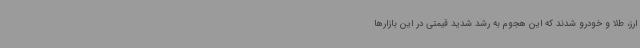
ارز، طلا و خودرو شدند که این هجوم به رشد شدید قیمتی در این بازارها